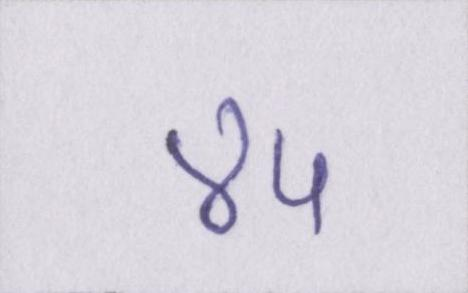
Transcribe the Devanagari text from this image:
४५